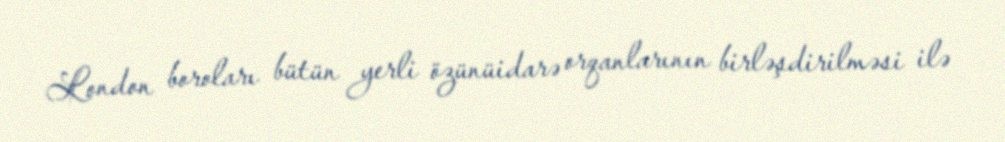
London boroları bütün yerli özünüidarə orqanlarının birləşdirilməsi ilə